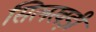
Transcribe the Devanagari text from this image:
सिलखड़ी